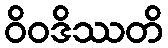
ဝိဝဒိဿတိ